Leningradi_Edasi_toimetus, lk 19
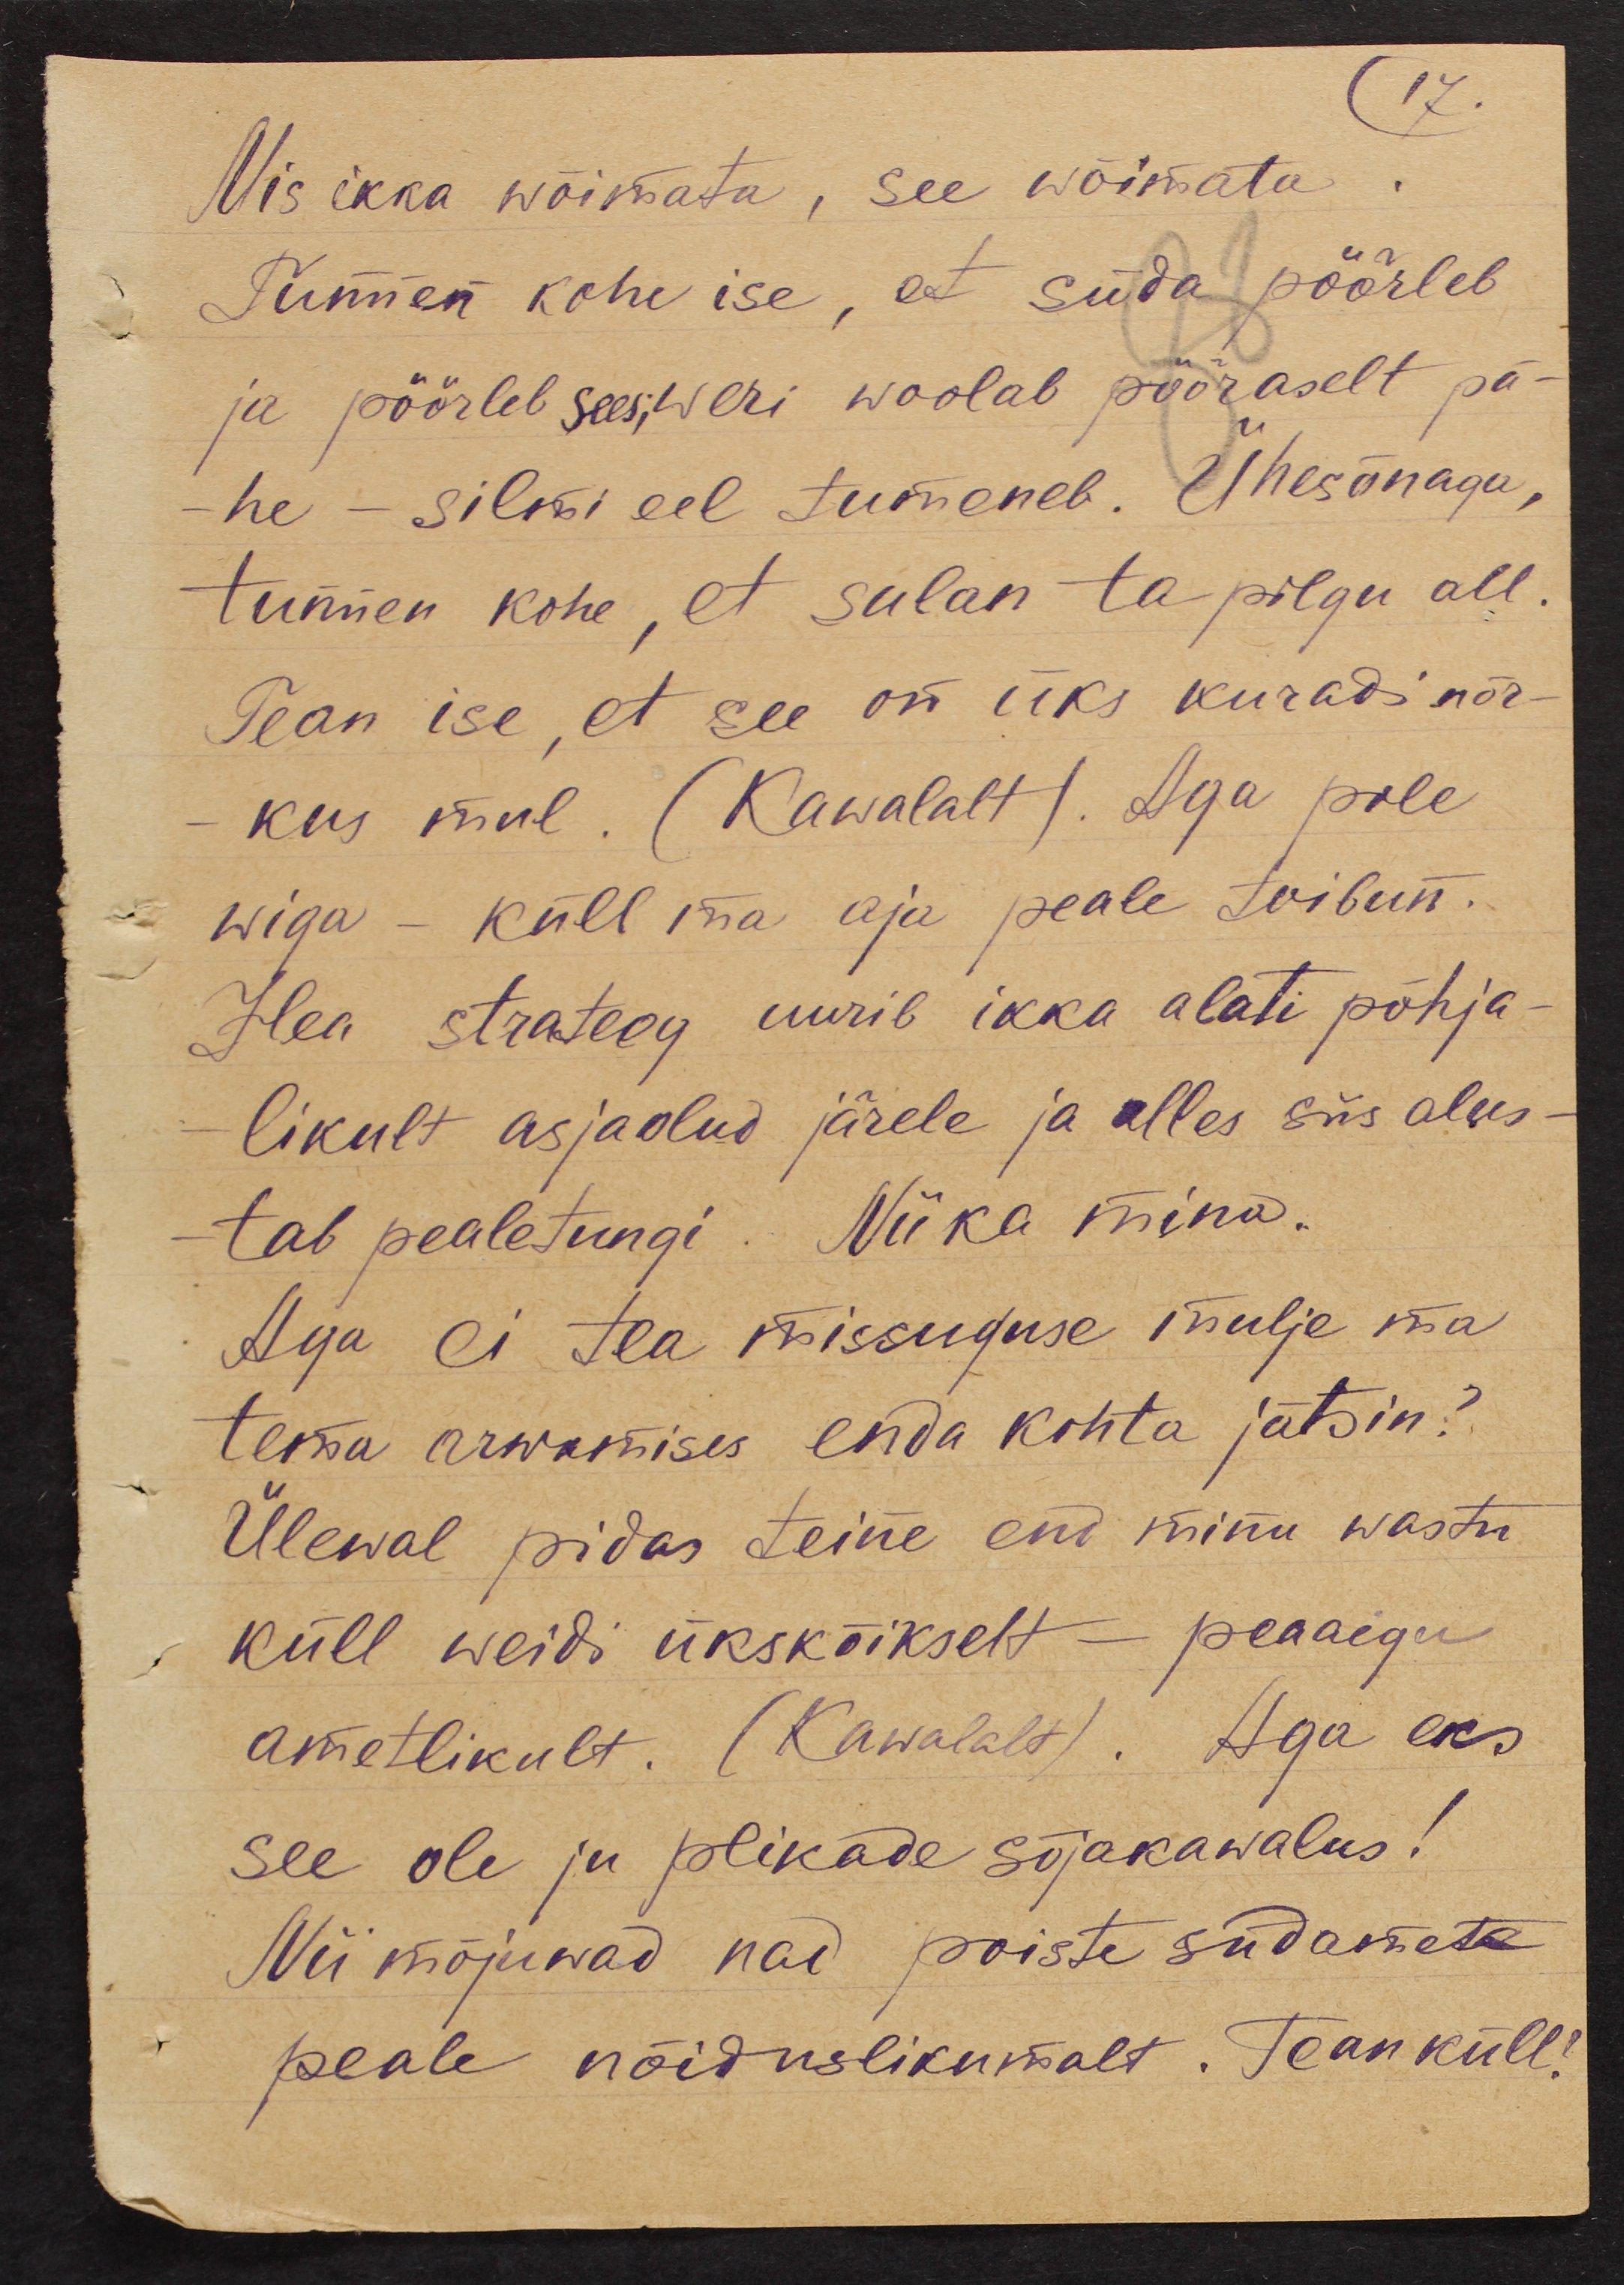
17.
Mis ikka wõimata, see wõimata
Tunnen kohe ise, et süda pöörleb
ja pöörleb sees,weri woolab pööraselt pä-
he - silmi eel tumeneb. Ühesõnaga,
tunnen kohe, et sulan ta pilgu all
Tean ise, et see on üks kuradi nõr-
kus mul. (Kawalalt). Aga pole
wiga - küll ma aja peale toibun.
Hea strateeg uurib ikka alati põhja-
likult asjaolud järele ja alles siis alus-
tab pealetungi. Nii ka mina.
Aga ei tea missuguse mulje ma
tema arwamises enda kohta jätsin?
Ülewal pidas teine end minu wastu
küll weidi ükskõikselt - peaaegu
ametlikult. (Kawalalt). Aga eks
see ole ju plikade sõjakawalus!
Nii mõjuwad nad poiste südamete
peale nõiduslikumalt. Tean küll!